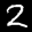
Label: 2